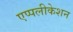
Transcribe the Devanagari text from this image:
एप्पलीकेशन